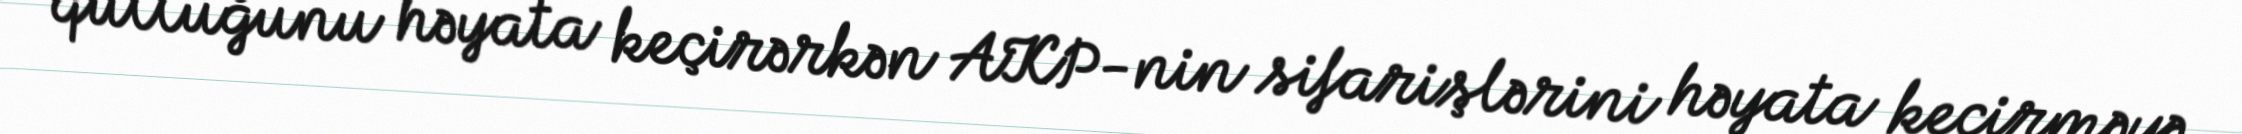
qulluğunu həyata keçirərkən AKP-nin sifarişlərini həyata keçirməyə